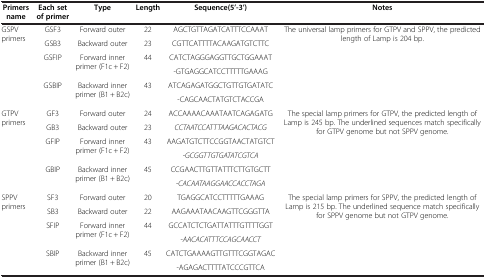
| Primers name | Each set of primer | Type | Length | Sequence(5’-3’) | Notes |
 | --- | --- | --- | --- | --- | --- |
 | <ROWSPAN=6> GSPV primers | GSF3 | Forward outer | 22 | AGCTGTTAGATCATTTCCAAAT | <ROWSPAN=6> The universal lamp primers for GTPV and SPPV, the predicted length of Lamp is 204 bp. |
 | GSB3 | Backward outer | 23 | CGTTCATTTTACAAGATGTCTTC |
 | <ROWSPAN=2> GSFIP | <ROWSPAN=2> Forward inner primer (F1c + F2) | <ROWSPAN=2> 44 | CATCTAGGGAGGTTGCTGGAAAT |
 | -GTGAGGCATCCTTTTTGAAAG |
 | <ROWSPAN=2> GSBIP | <ROWSPAN=2> Backward inner primer (B1 + B2c) | <ROWSPAN=2> 43 | ATCAGAGATGGCTGTTGTGATATC |
 | -CAGCAACTATGTCTACCGA |
 | <ROWSPAN=6> GTPV primers | GF3 | Forward outer | 24 | ACCAAAACAAATAATCAGAGATG | <ROWSPAN=6> The special lamp primers for GTPV, the predicted length of Lamp is 245 bp. The underlined sequences match specifically for GTPV genome but not SPPV genome. |
 | GB3 | Backward outer | 23 | CCTAATCCATTTAAGACACTACG |
 | <ROWSPAN=2> GFIP | <ROWSPAN=2> Forward inner primer (F1c + F2) | <ROWSPAN=2> 43 | AAGATGTCTTCCGGTAACTATGTCT |
 | -GCGGTTGTGATATCGTCA |
 | <ROWSPAN=2> GBIP | <ROWSPAN=2> Backward inner primer (B1 + B2c) | <ROWSPAN=2> 45 | CCGAACTTGTTATTTCTTGTGCTT |
 | -CACAATAAGGAACCACCTAGA |
 | <ROWSPAN=5> SPPV primers | SF3 | Forward outer | 20 | TGAGGCATCCTTTTTGAAAG | <ROWSPAN=5> The special lamp primers for SPPV, the predicted length of Lamp is 215 bp. The underlined sequence match specifically for SPPV genome but not GTPV genome. |
 | SB3 | Backward outer | 22 | AAGAAATAACAAGTTCGGGTTA |
 | <ROWSPAN=2> SFIP | <ROWSPAN=2> Forward inner primer (F1c + F2) | <ROWSPAN=2> 44 | GCCATCTCTGATTATTTGTTTTGGT |
 | -AACACATTTCCAGCAACCT |
 | SBIP | Backward inner primer (B1 + B2c) | 45 | CATCTGAAAAGTTGTTTCGGTAGAC |
 |  |  |  |  | -AGAGACTTTTATCCCGTTCA |  |